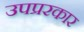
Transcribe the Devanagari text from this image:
उपप्ररकार